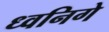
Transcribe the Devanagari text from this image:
ध्वनिगे